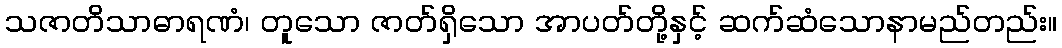
သဇာတိသာဓာရဏံ၊ တူသော ဇာတ်ရှိသော အာပတ်တို့နှင့် ဆက်ဆံသောနာမည်တည်း။